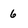
Character: 6